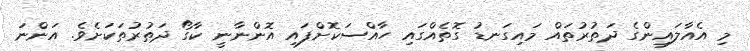
މި އެއާލައިންގެ ދަތުރުތައް މައިގަނޑު ގޮތެއްގައި ހާއްސަކޮށްފައި އޮންނާނީ ކާގޯ ދަތުރުތަކަށެވެ. އަންނަ